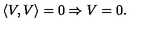
\left\langle V , V \right\rangle = 0 \Rightarrow V = 0 .